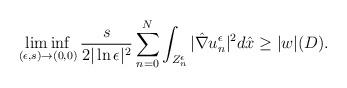
LaTeX: \begin{align*}\liminf_{(\epsilon,s)\rightarrow(0,0)}\frac{s}{2|\ln\epsilon|^2}\sum_{n=0}^N\int_{Z_n^{\epsilon}}|\hat{\nabla}u_n^{\epsilon}|^2d\hat x\geq|w|(D).\end{align*}